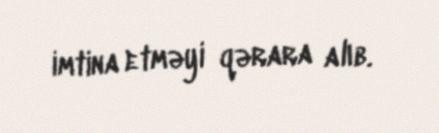
imtina etməyi qərara alıb.